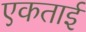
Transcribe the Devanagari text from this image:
एकताई